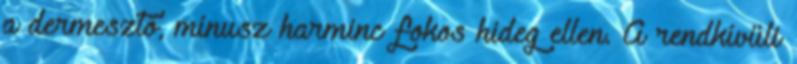
a dermesztő, mínusz harminc fokos hideg ellen. A rendkívüli